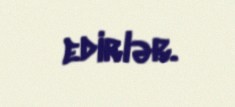
edirlər.